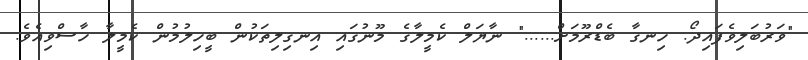
"ވަރުބަލިވެފައިދޯ. ހިނގާ ބެޑްރޫމަށް......" ނާޔަލް ކެމީލާގެ މޫނުގައި އިނގިލިތަކުން ބީހިލުމުން ކެމީލާ ހާސްވިއެވެ.